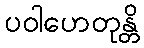
ပဝါဟေတုန္တိ